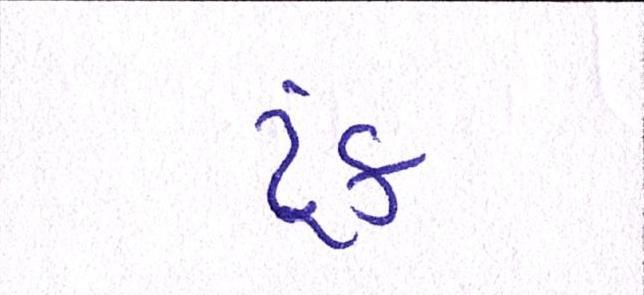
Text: ટૂંક